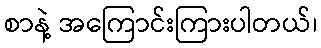
စာနဲ့ အကြောင်းကြားပါတယ်၊